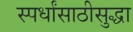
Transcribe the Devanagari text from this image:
स्पर्धांसाठीसुद्धा